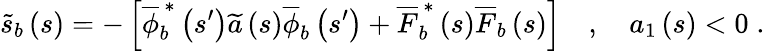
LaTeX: \widetilde{s}_{b}\left(s\right)=-\left[\overline{{\phi}}_{b}^{\, \ast}\left(s^{\prime}\right)\widetilde{a}\left(s\right)\overline{{\phi}}_{b}\left(s^{\prime}\right)+\overline{{F}}_{b}^{\, \ast}\left(s\right)\overline{{F}}_{b}\left(s\right)\right]\quad,\quad a_{1}\left(s\right)<0\; .